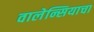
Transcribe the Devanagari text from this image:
वालेन्सियाचा